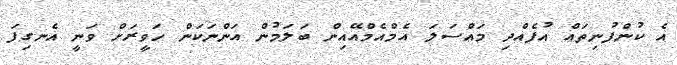
އެ ކުންފުނިތައް އުފެއްދި މައްސަލަ އެމްއެމްއޭއިން ބަލަމުން އަންނަކަން ހަވީރަށް ވަނީ އެނގިފަ